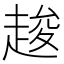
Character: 䞭